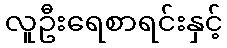
လူဦးရေစာရင်းနှင့်